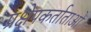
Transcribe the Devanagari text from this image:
प्रक्षेपकर्ताताओं